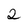
Character: 2